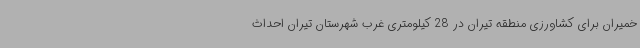
خمیران برای کشاورزی منطقه تیران در 28 کیلومتری غرب شهرستان تیران احداث